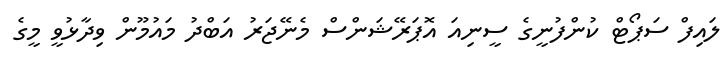
ލައިފް ސަޕޯޓް ކުންފުނީގެ ސީނިއަ އޮޕަރޭޝަންސް މެނޭޖަރު އަބްދު މައުމޫން ވިދާޅުވީ މީގެ